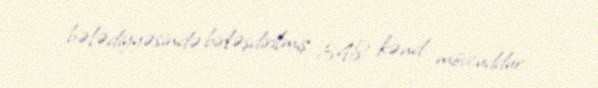
bələdiyyəsində birləşdirilmiş 348 kənd mövcuddur.